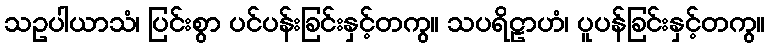
သဥပါယာသံ၊ ပြင်းစွာ ပင်ပန်းခြင်းနှင့်တကွ။ သပရိဠာဟံ၊ ပူပန်ခြင်းနှင့်တကွ။